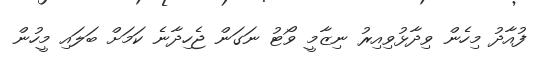
ފުއާދު މިހެން ވިދާޅުވިއިރު ނިޒާމީ ވޯޓު ނަގަން ޖެހިދާނެ ކަމަށް ބަލައި މީހުން